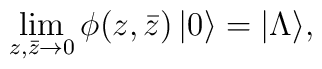
\lim_{z, \bar{z} \rightarrow 0} \phi(z,\bar{z})\,|0 \rangle = |\Lambda \rangle,